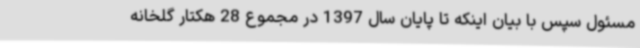
مسئول سپس با بیان اینکه تا پایان سال 1397 در مجموع 28 هکتار گلخانه